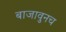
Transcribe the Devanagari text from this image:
बाजावुनच